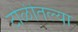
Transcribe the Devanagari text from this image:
टोळीतल्या